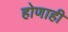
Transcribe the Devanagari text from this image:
होणाही